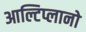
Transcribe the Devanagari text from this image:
आल्टिप्लानो